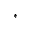
^ *